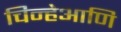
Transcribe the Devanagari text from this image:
चिन्हेआणि